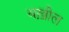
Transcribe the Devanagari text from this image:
बख़ील